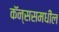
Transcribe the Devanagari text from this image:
कॅन्ससमधील